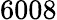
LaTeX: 6008